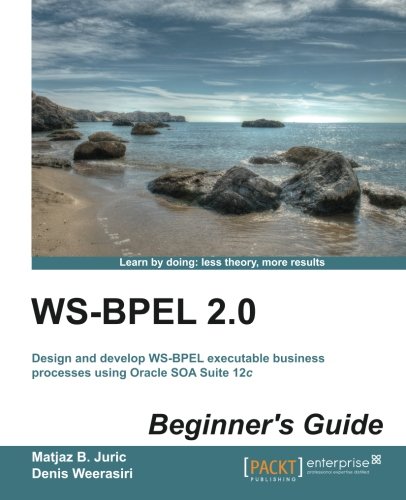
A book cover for WS-BPEL 2.0 Beginners Guide; Matjaz B. Juric; Computers & Technology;